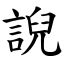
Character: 誽